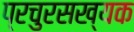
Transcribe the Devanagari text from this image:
प्रचुरसख्यक